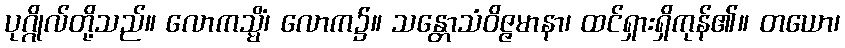
ပုဂ္ဂိုလ်တို့သည်။ လောကသ္မိံ၊ လောက၌။ သန္တောသံဝိဇ္ဇမာနာ၊ ထင်ရှားရှိကုန်၏။ တယော၊